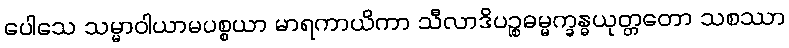
ပေါသေ သမ္မာဝါယာမပစ္စယာ မာရကာယိကာ သီလာဒိပဉ္စဓမ္မက္ခန္ဓယုတ္တတော သစဿာ